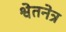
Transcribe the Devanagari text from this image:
श्वेतनेत्र